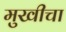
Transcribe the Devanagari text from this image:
मुखीचा